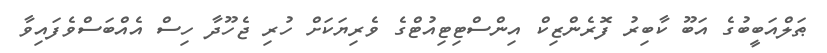
ޠަލްއަބީބުގެ އަބޫ ކާބިރު ފޮރެންޒިކް އިންސްޓިޓިއުޓްގެ ވެރިޔަކަށް ހުރި ޖެހޫދާ ހިސް އެއްބަސްވެފައިވާ